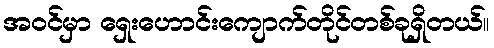
အဝင်မှာ ရှေးဟောင်းကျောက်တိုင်တစ်ခုရှိတယ်။